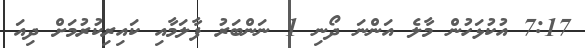
7:17 އުކުޅަހުން މާލެ އަންނަ ދޯނި 1 ނަންބަރު ފާލަމާއި ކައިރިކުރުމަށް ދިއަ